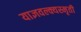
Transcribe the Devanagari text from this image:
याज्ञवल्क्यस्मृती